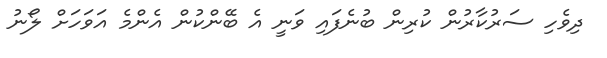
ދިވެހި ސަރުކާރުން ކުރިން ބުނެފައި ވަނީ އެ ބޭންކުން އެންމެ އަވަހަށް ލޯނު